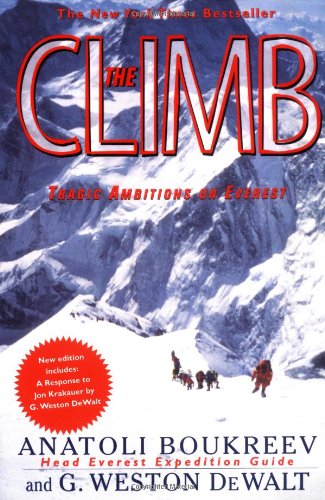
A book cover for The Climb: Tragic Ambitions on Everest; Anatoli Boukreev; Biographies & Memoirs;